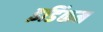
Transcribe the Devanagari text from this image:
इडिंकम